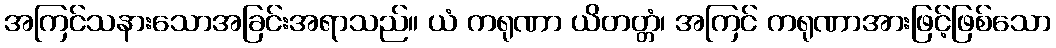
အကြင်သနားသောအခြင်းအရာသည်။ ယံ ကရုဏာ ယိတတ္တံ၊ အကြင် ကရုဏာအားဖြင့်ဖြစ်သော